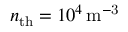
n _ { \mathrm { t h } } = 1 0 ^ { 4 } \, \mathrm { m ^ { - 3 } }